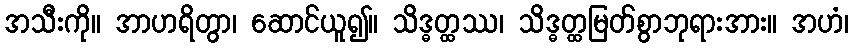
အသီးကို။ အာဟရိတွာ၊ ဆောင်ယူ၍။ သိဒ္ဓတ္ထဿ၊ သိဒ္ဓတ္ထမြတ်စွာဘုရားအား။ အဟံ၊